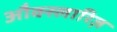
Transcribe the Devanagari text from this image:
औक्स्लारिज़